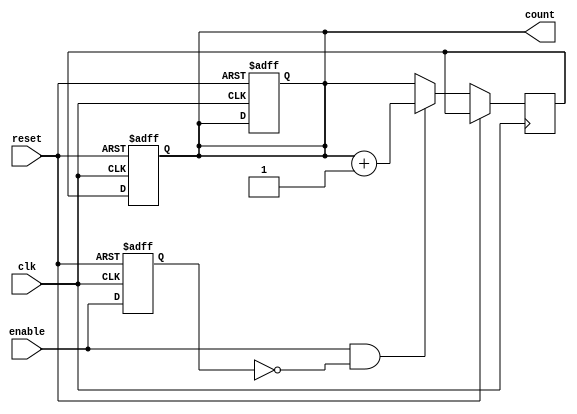
module BCD_Up_Counter_with_Enable (
    input clk,
    input reset,
    input enable,
    output reg [3:0] count
);

reg [3:0] count_next;
reg enable_sync;

always @ (posedge clk or posedge reset) begin
    if (reset) begin
        count <= 4'b0000;
        enable_sync <= 1'b0;
    end else begin
        if (enable && !enable_sync) begin
            count_next <= count + 4'b0001;
        end else begin
            count_next <= count;
        end
        enable_sync <= enable;
    end
end

always @ (posedge clk or posedge reset) begin
    if (reset) begin
        count <= 4'b0000;
    end else begin
        count <= count_next;
    end
end

endmodule